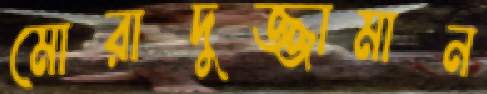
মোরাদুজ্জামান